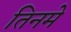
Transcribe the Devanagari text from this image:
तिनमे